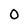
Character: 0